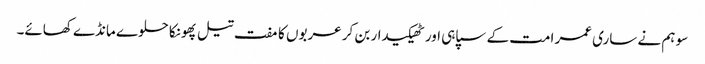
سو ہم نے ساری عمر امت کے سپاہی اور ٹھیکیدار بن کر عربوں کا مفت تیل پھونکا حلوے مانڈے کھائے۔